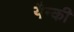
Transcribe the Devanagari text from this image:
यैन्की